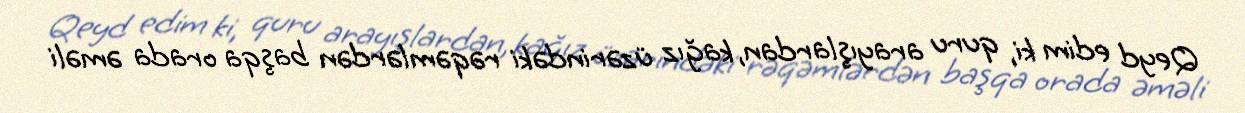
Qeyd edim ki, quru arayışlardan, kağız üzərindəki rəqəmlərdən başqa orada əməli